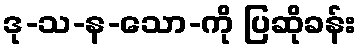
ဒု-သ-န-သော-ကို ပြဆိုခန်း